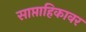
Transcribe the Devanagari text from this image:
साप्ताहिकावर